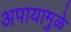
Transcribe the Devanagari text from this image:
अपायामुळे